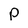
Character: p